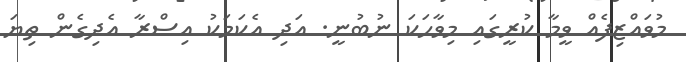
މުވައްޒިފެއް ވީމާ ކުރީގައި މިވާހަކަ ނުބުނީ. އަދި އެކަމަކު އިސްރާ އެދިގެން ތިޔަ